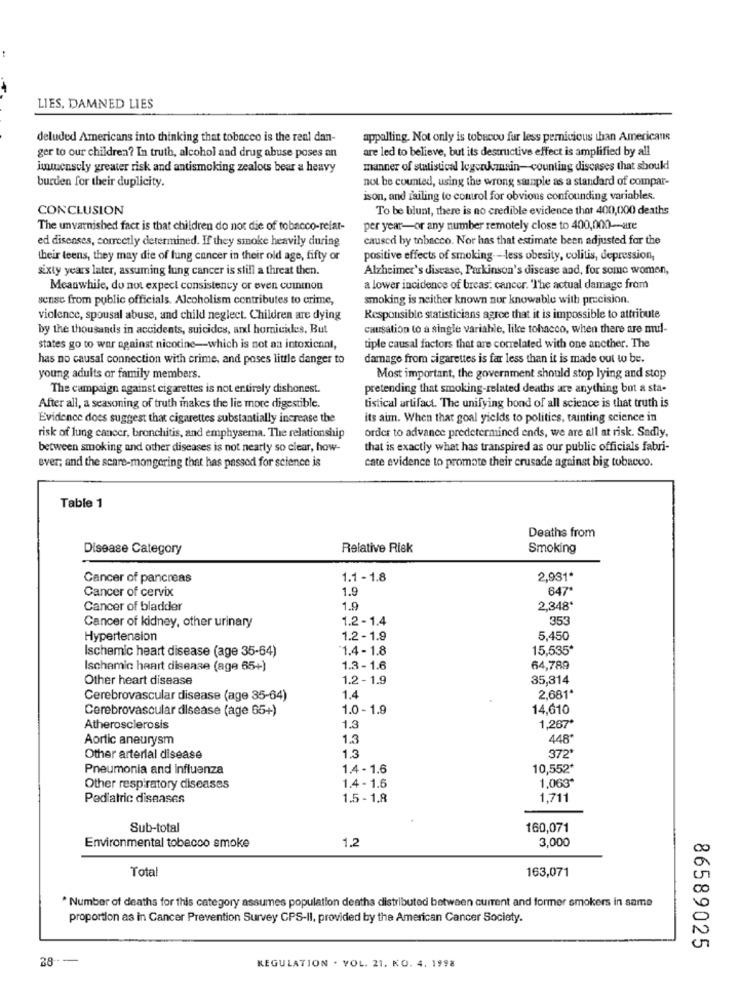
LIES, DAMNED LIES
deluded Americans into thinking that tobacco is the real dan-
appalling. Not only is tobacco fur less pernicious than Americans
are led to believe, but its destructive effect is amplified by all
ger to our children? In truth, alcohol and drug abuse poses an
intensely greater risk and antismoking zealous bear a heavy
manner of statistical legenkemnain-counting diseases that should
not be counted, using the wrong sample as a standard of compar-
burden for their duplicity.
ison, and failing to comtrol for obvious confounding variables.
CONCLUSION
To be blunt, there is no credible evidence that 400,000 deaths
The unvarnished fact is that children do not die of tobacco-refar-
per year-or any number remotely close to 400,000-are
ed diseases, correctly determined. If they smoke heavily during
caused by tobacco. Nor has that estimate been adjusted for the
their teens, they may die of fung cancer in their old age, fifty or
positive effects of smoking ---- less obesity, colitis, depression,
sixty years later, assuming lung cancer is still a threat then.
Alzheimer's disease, Parkinson's disease and, for some women,
Meanwhile, do not expect consistency or even cuimon
a lower incidence of breast cancer. 'The actual damage from
sense from public officials. Alcoholism contributes to crime,
smoking is neither known nur knowable with precision.
violence, spousal abuse, and child neglect. Children are dying
Responsible statisticians agree that it is impossible to attribute
by the thousands in accidents, suicides, and homicides. But
causation to a single variable, like tohacco, when there are mul-
states go to war against nicotine-which is not aa intoxicnnt,
tiple causal factors that are correlated with one ancther. The
has no causal connection with crime, and poses little danger to
damage from cigarettes is far less than it is made out to be.
young adults or family members.
Most important, the government should stop lying and stop
The campaign against cigarettes is not entirely dishonest.
pretending that smoking-related deaths are anything but a sta-
After all, a seasoning of truth makes the lie more digestible.
tistical artifact. The unifying bond of all science is that truth is
Evidence does suggest that cigarettes substantially increase the
its aim. When that goal yields to politics, tainting science in
order to advance predetermined ends, we are all at risk. Sadly.
risk of lung cancer, bronchitis, and emphysema. The relationship
between smoking and other diseases is not nearly so clear, how-
that is exactly what has transpired as our public officials fabri-
ever; and the scare-mongering that has passed for science is
cate evidence to promote their crusade against big tobacco.
Table 1
Deaths from
Disease Category
Relative Risk
Smoking
Cancer of pancreas
1.1 - 1.8
2,931*
Cancer of cervix
1.9
647*
Cancer of bladder
1.9
2,348*
1.2 -1.4
35%
Cancer of kidney, other urinary
Hypertension
1.2 -1.9
5,450
Ischemic heart disease (age 35-64)
1.4 - 1.8
15,535*
Ischemic heart disease (age 65+)
1.3- 1.6
64,789
Other heart disease
1.2 - 1.9
35,314
2,681*
Cerebrovascular disease (age 35-64)
1.4
Cerebrovascular disease (age 65+)
1.0 - 1.9
14,610
Atherosclerosis
1.3
1,267
Aortic aneurysm
1.3
448
1.3
372
Other arterial disease
Pneumonia and influenza
1.4 - 1.6
10,552*
1,063*
Other respiratory diseases
1.4 - 1.6
Pediatric diseases
1.5 - 1.8
1.711
Sub-total
160,071
1.2
3,000
Environmental tobacco smoke
Total
163,071
* Number of deaths for this category assumes population deaths distributed between current and former smokers in same
proportion as in Cancer Prevention Survey CPS-II, provided by the American Cancer Society.
86589025
28
KEGULATION . VOL. 21. KO. 4. 1998